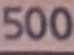
500